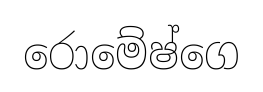
රොමේෂ්ගෙ